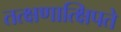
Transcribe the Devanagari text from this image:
तत्क्षणात्क्षिपते